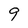
Character: 9